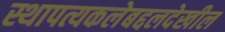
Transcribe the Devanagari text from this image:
स्थापत्यकलेबद्दलदेखील